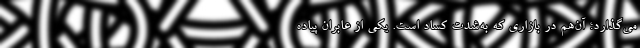
می‌گذارد؛ آن‌هم در بازاری که به‌شدت کساد است. یکی از عابران پیاده